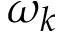
\omega _ { k }